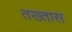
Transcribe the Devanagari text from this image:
तख्तास